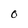
Character: O